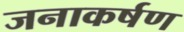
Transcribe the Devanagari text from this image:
जनाकर्षण